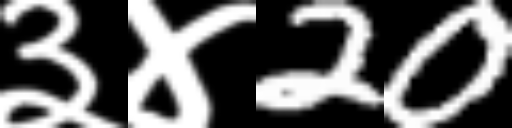
Text: ३४20